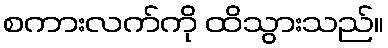
စကားလက်ကို ထိသွားသည်။